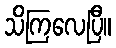
သိကြလေပြီ။